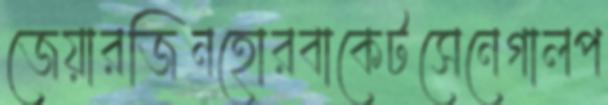
জেয়ারজিনহোরবাকেটসেনেগালপ